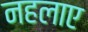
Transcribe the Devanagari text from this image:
नहलाए